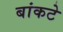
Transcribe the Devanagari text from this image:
बांकटे